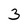
Character: 3